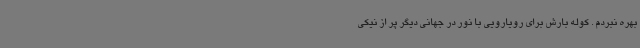
بهره نبردم . کوله بارش برای رویارویی با نور در جهانی دیگر پر از نیکی